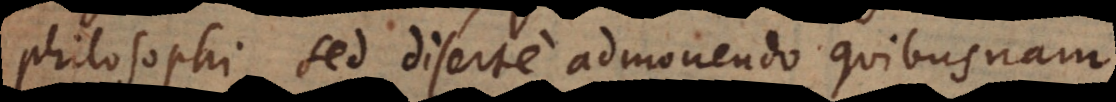
philosophi, sed diserte admonendo quibusnam